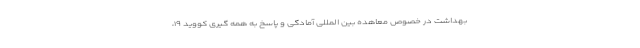
بهداشت در خصوص معاهده بین المللی آمادگی و پاسخ به همه گیری کووید ۱۹،